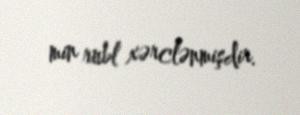
min rubl xərclənmişdir.